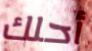
أحلك